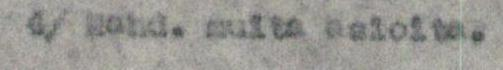
4/ Mahd. muita asioita.